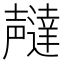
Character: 𫯇